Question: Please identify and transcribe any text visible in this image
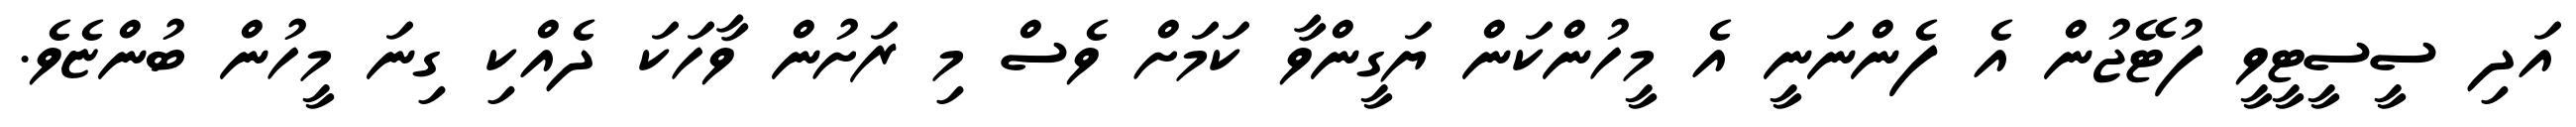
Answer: އަދި ސީސީޓީވީ ފުޓޭޖުން އެ ފެންނަނީ އެ މީހުންކަން ޔަގީންވާ ކަމަށް ވެސް މި ރަށުން ވާހަކަ ދެއްކި ގިނަ މީހުން ބުންޏެވެ.